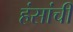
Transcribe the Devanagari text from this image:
हंसांची